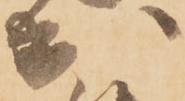
出